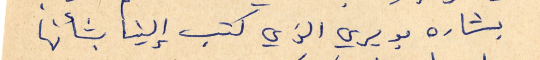
بشاره بويري الذي كتب إلينا بشأنها